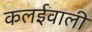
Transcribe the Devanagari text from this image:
कलईवाली